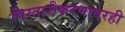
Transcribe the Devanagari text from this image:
विस्तारीकरणावरही